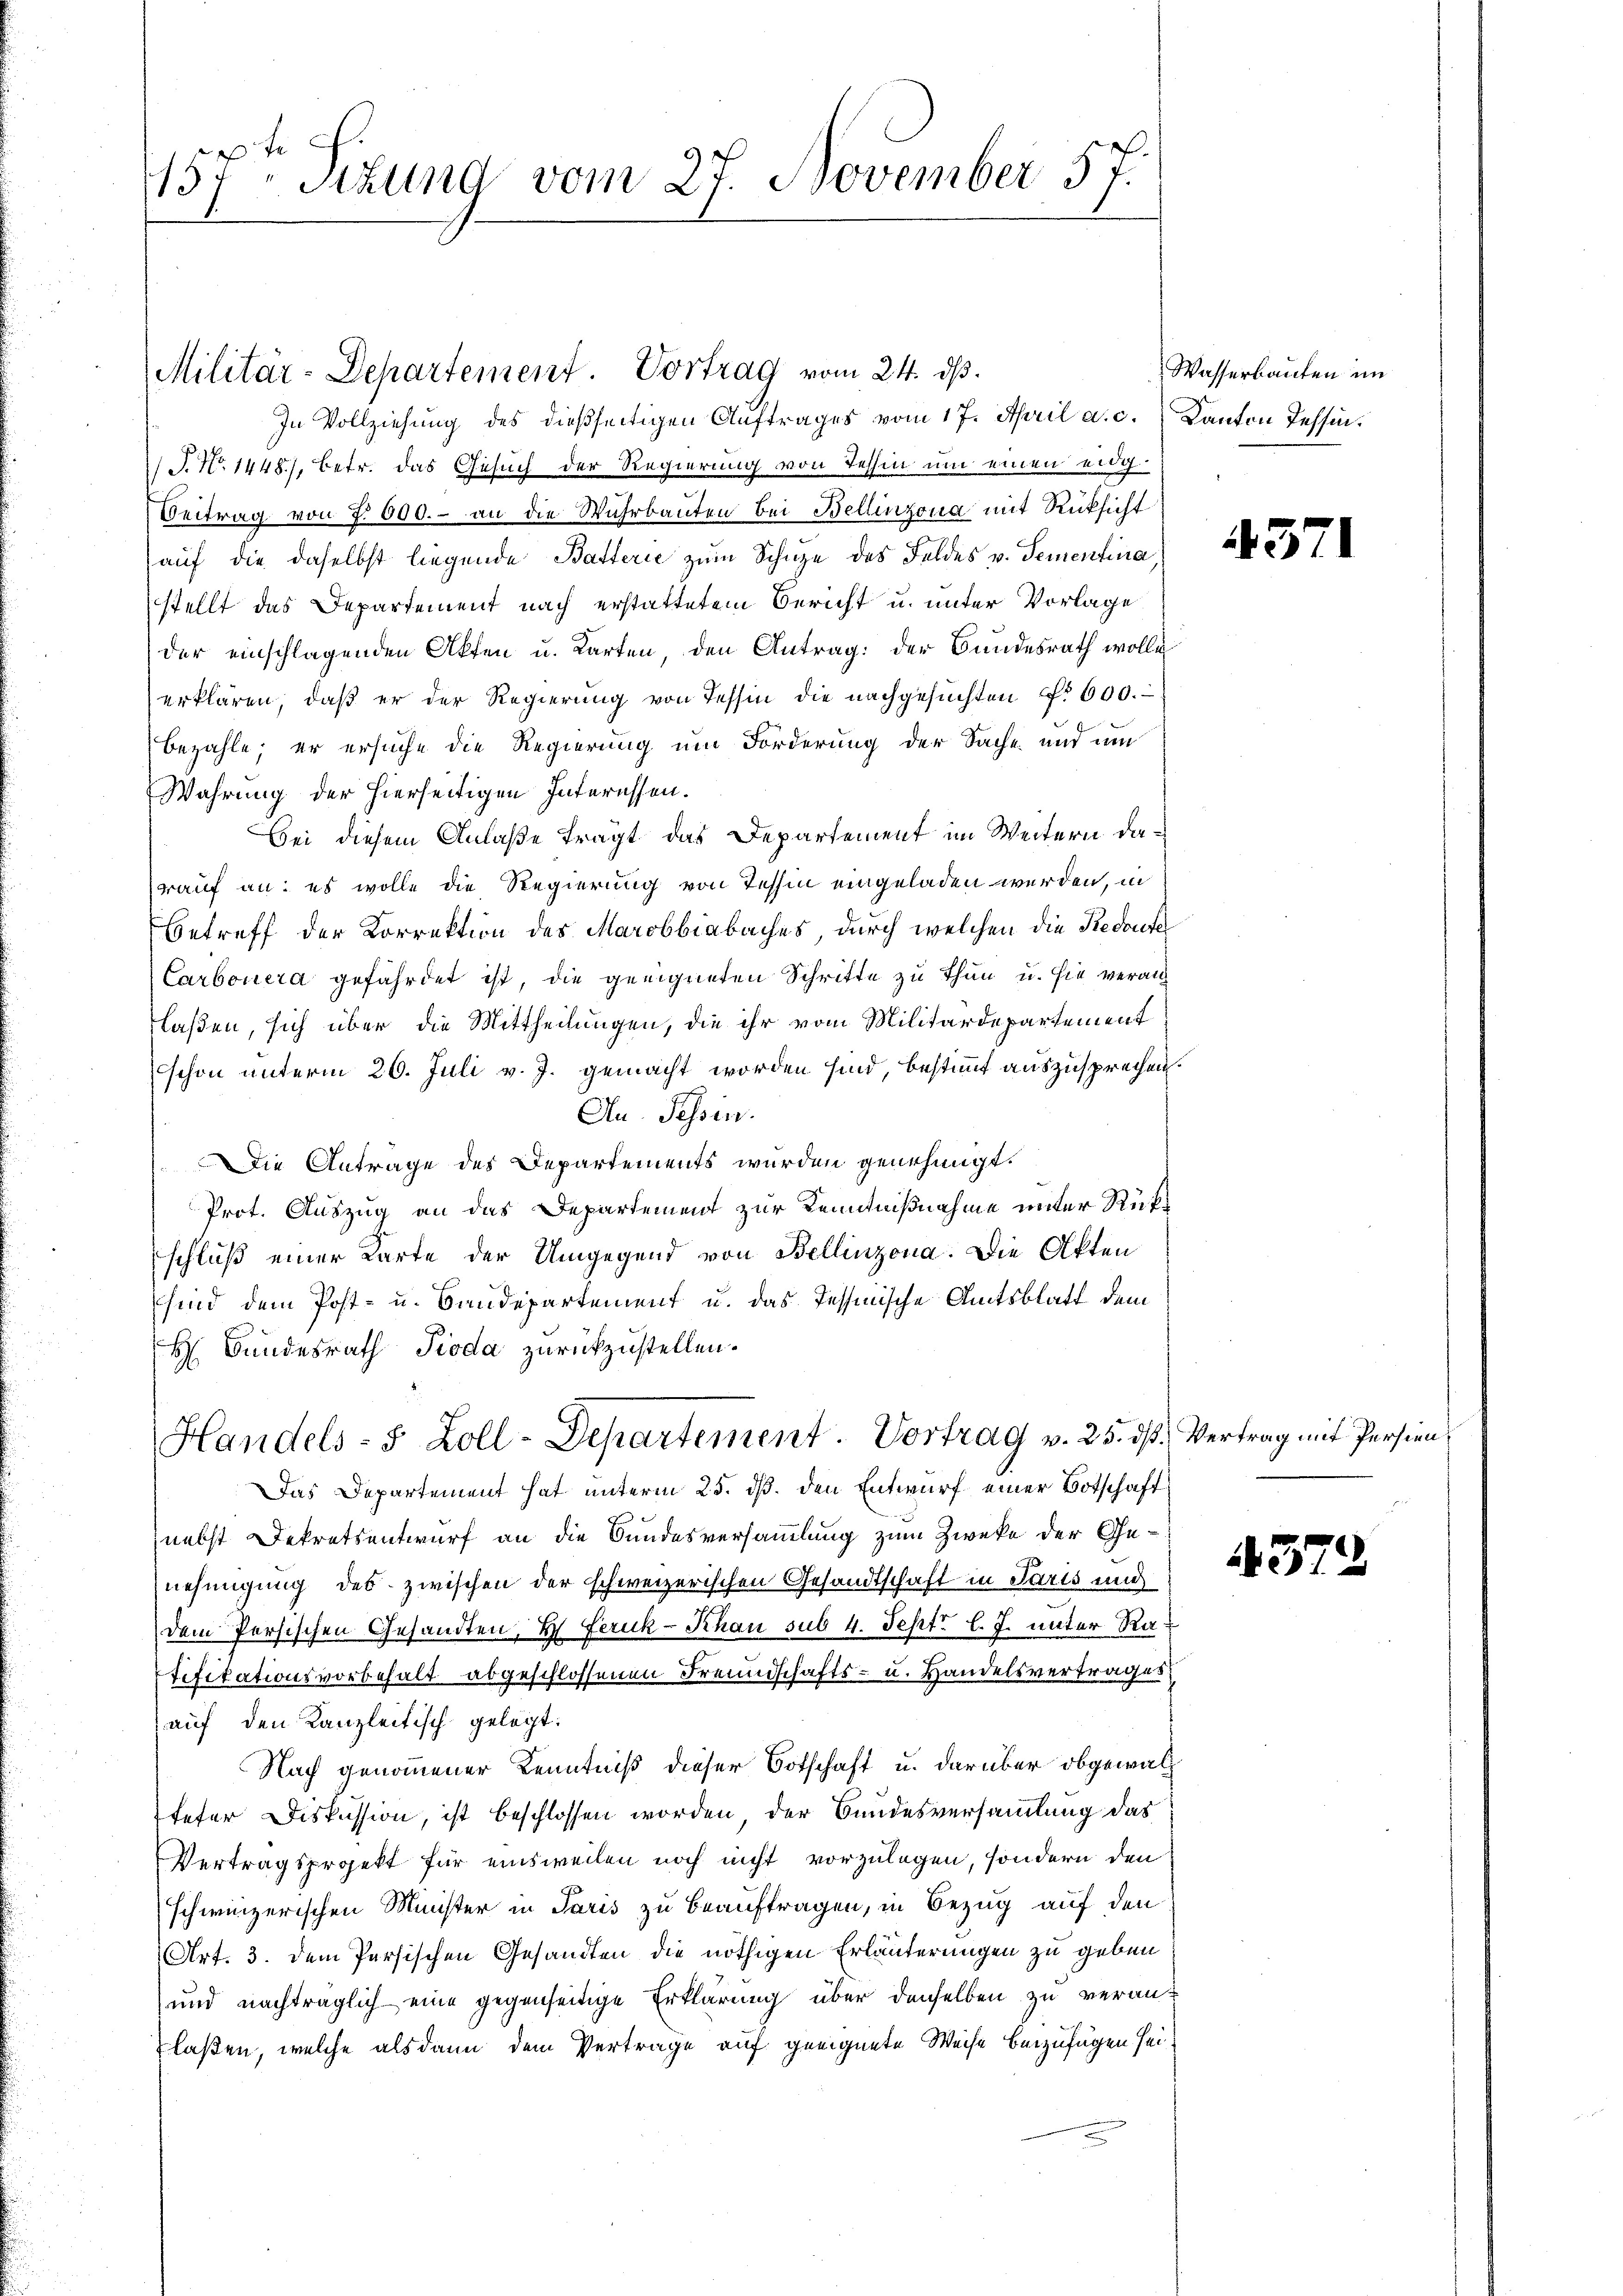
157. Sitzung vom 27. November 57.

Militär-Departement. Vortrag vom 24. ds.
In Vollziehung des dießseitigen Auftrages vom 17. April a. c. Kanton Tessin¬
 P. Nr. 1448), betr. das Gesuch der Regierung von Tessin um einen eidg
Beitrag von 7000.- an die Wuhrbauten bei Bellinzona mit Rücksicht
auf die daselbst liegende Batterie zum Schuze des Feldes v. Sementia,
stellt das Departement nach erstattetem Bericht u. unter Vorlage
der einschlagenden Akten u. Karten, den Antrag: der Bundesrath wolle
erklären, daß er der Regierung von Tessin die nachgesuchten No 600.
bezahle, er ersuche die Regierung um Forderung der Sache und um
Wahrung der hierseitigen Interessen.
bei diesem Anlaße trägt das Departement im Weitern darauf an: es wolle die Regierung von Tessin eingeladen werden, in
Betreff der Korrektion des Marobbiabaches durch welchen die Redoute
Carbonera gefährdet ist, die geeigneten Schritte zu thun u. sie veran
laßen, sich über die Mittheilungen, die ihr vom Militärdepartement
schon unterm 26. Juli v. J. gemacht worden sind, bestimmt auszusprechen.
Au. Tessin.
Die Antrage des Departements wurden genehmigt.
Prot. Auszug an das Departement zur Kenntnißnahme unter Rückschluß einer Karte der Umgegend von Bellinzona. Die Akten
sind dem Post- u. Baudepartement u. das Tessinische Amtsblatt dem
H Bundesrath Pioda zurückzustellen.
Handels- 5 Zoll-Departement. Vortrag v. 25. dß. Vertrag mit Persien
Das Departement hat unterm 25. ds. den Entwurf einer Botschaft
nebst Dekretsentwurf an die Bundesversammlung zum Zwecke der Genehmigung des zwischen der schweizerischen Gesandtschaft in Parts und
dem Persischen Gesandten, H. Feruk-Khau sub 4. Sept. l. J. unter Ratifikationsvorbehalt abgeschlossenen Freundschafts- u. Handelsvertrages
auf den Kanzleitisch gelegt.
Nach genommener Kenntniß dieser Botschaft u. darüber obgewal
teter Diskussion, ist beschlossen worden der Bundesversammlung das
Vertragsprojekt für einsweilen noch nicht vorzulegen, sondern den
schwinzerischen Münster in Paris zu beauftragen, in Bezug auf den
Art. 3. dem Persischen Gesandten die nöthigen Erläuterungen zu geben
und nachträglich eine gegenseitige Erklärung über denselben zu veranlaßen, welche als dann dem Vertrage auf geeignete Weise beizufügen sei,

Wasserbauten im

4371

A372